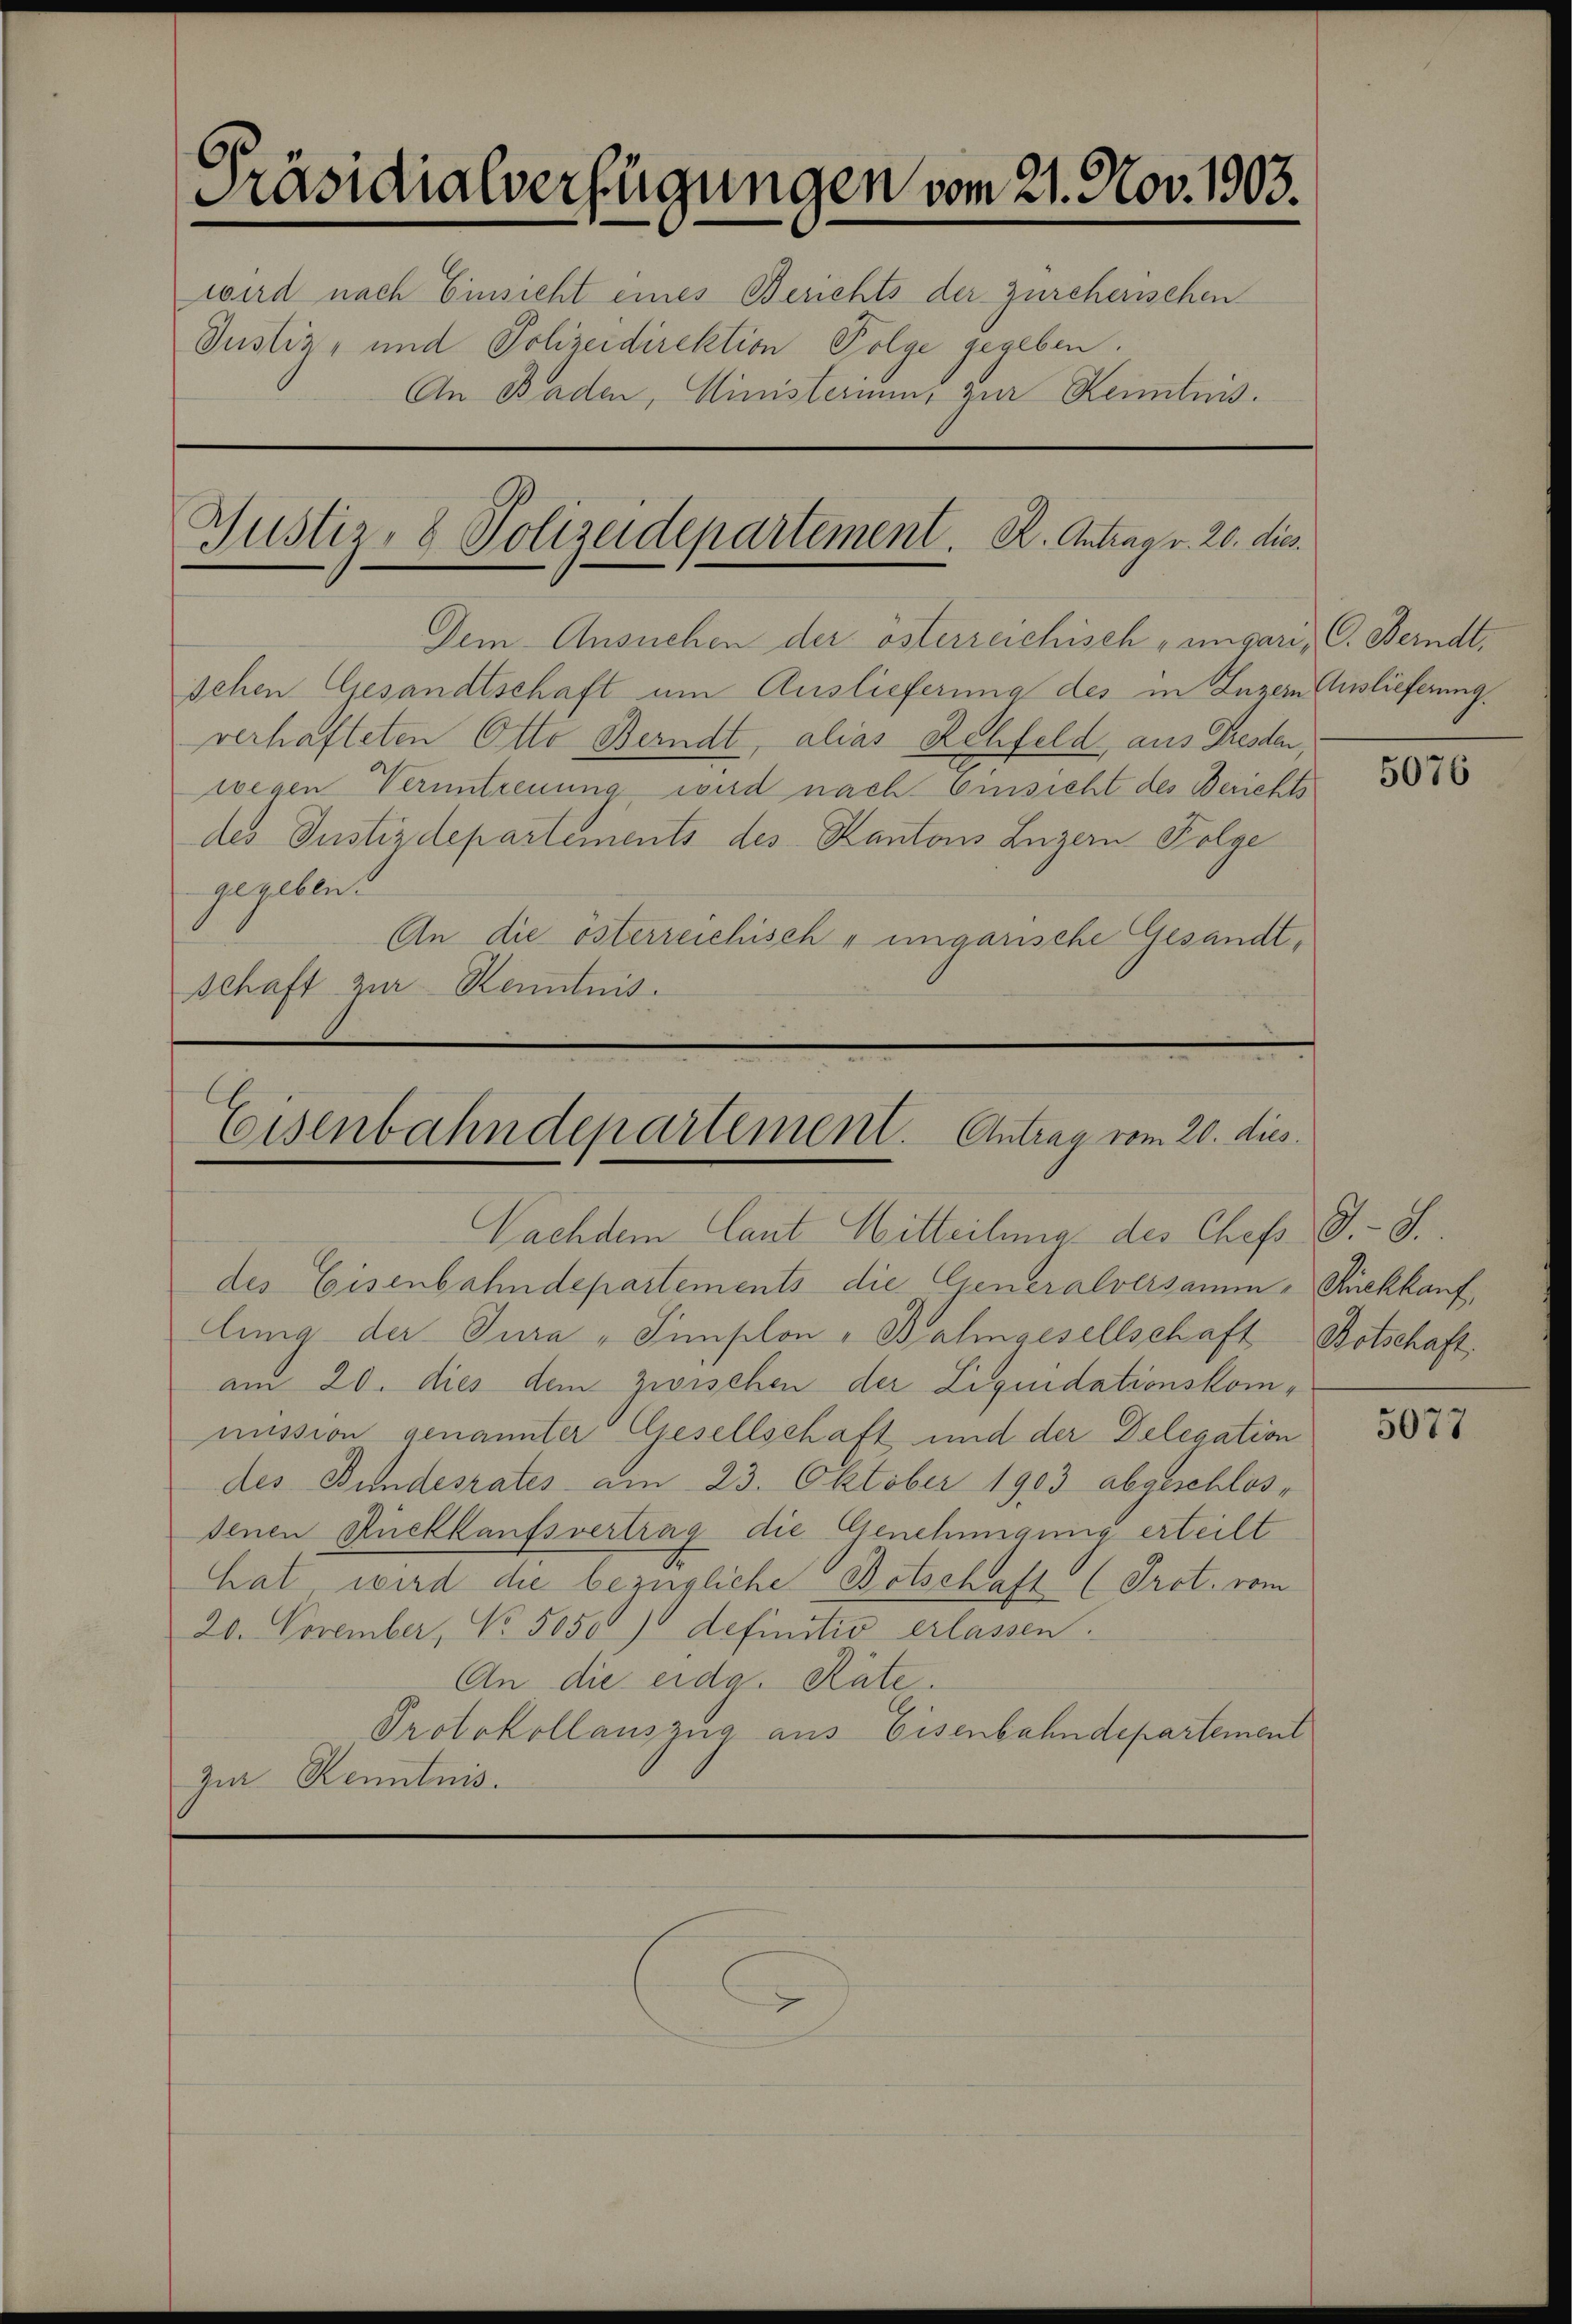
Präsidialverfügungen vom 21. Nov. 1903.
wird nach Einsicht eines Berichts der Zürcherischen
Justiz- und Polizeidirektion Folge gegeben
An Baden, Ministerium, zur Kenntnis.

schen Gesandtschaft um Auslieferung des in Luzern Auslieferung
verhafteten Otto Berndt, alias Rehfeld, aus Dresden,
wegen Veruntreuung wird nach Einsicht des Berichts
des Justizdepartements des Kantons Luzern Folge
gegeben.
An die österreichische ungarische Gesandt¬
Schaft zur Kenntnis.

Justiz, 8 Polizeidepartement. K. Antrag v. 20. dies
Dem Ansuchen der österreichisch-ungari¬

des Eisenbahndepartements die Generalversamm-Sckkauf,
lung der Jura - Simplon - Bahngesellschaft Botschaft.
am 20. dies dem zwischen der Liquidationskommission genannter Gesellschaft und der Delegation
des Bundesrates am 23. Oktober 1903 abgeschlosdenen Rückkaufsvertrag die Genehmigung erteilt
hat wird die bezügliche Botschaft (Prot. vom
20. November, No. 5050) definitiv erlassen.
An die eidg. Räte.
Protokollauszug aus Eisenbahndepartement
Zur Kenntnis.

Eisenbahndepartement. Antrag vom 20. dies

Nachdem Cant Mitteilung des Chef V.-S.

O. Ferndt,

5076

5077